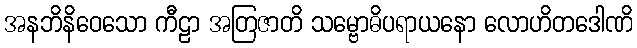
အနဘိနိဝေသော ကီဠာ အတြဇာတိ သမ္ဗောဓိပရာယနော လောဟိတဒေါဏိ